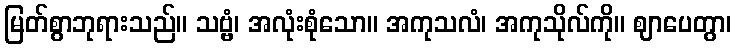
မြတ်စွာဘုရားသည်။ သဗ္ဗံ၊ အလုံးစုံသော။ အကုသလံ၊ အကုသိုလ်ကို။ ဈာပေတွာ၊